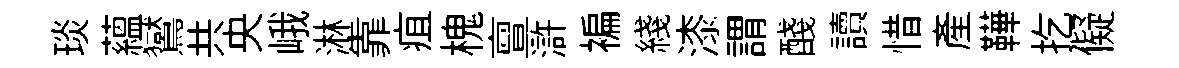
琰蘊鸑共央峨淋靠疽槐亶滸褊綫漆謂醆讀惜產鞾扢儗